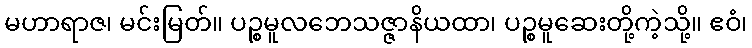
မဟာရာဇ၊ မင်းမြတ်။ ပဉ္စမူလဘေသဇ္ဇာနိယထာ၊ ပဉ္စမူဆေးတို့ကဲ့သို့။ ဧဝံ၊